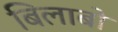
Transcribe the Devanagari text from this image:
बिलाबो